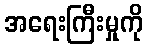
အရေးကြီးမှုကို